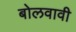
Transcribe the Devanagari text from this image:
बोलवावी